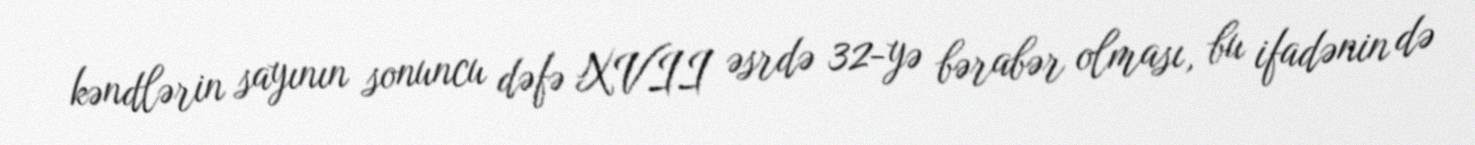
kəndlərin sayının sonuncu dəfə XVII əsrdə 32-yə bərabər olması, bu ifadənin də